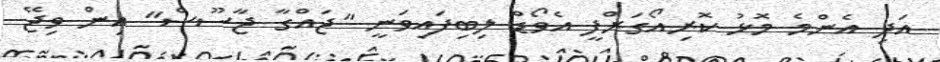
އަދި އެންމެ މޮޅު ކޮރިއޯގަރްފީ އެވޯޑް ލިބިފައިވަނީ "ޖައްގާ ޖާސޫސް" އިން ވިޖޭ